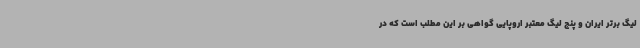
لیگ برتر ایران و پنج لیگ معتبر اروپایی گواهی بر این مطلب است که در